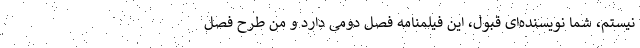
نیستم، شما نویسنده‌ای قبول، این فیلمنامه فصل دومی دارد و من طرح فصل